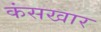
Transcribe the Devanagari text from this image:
कंसखार